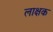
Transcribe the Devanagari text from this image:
लाक्षक